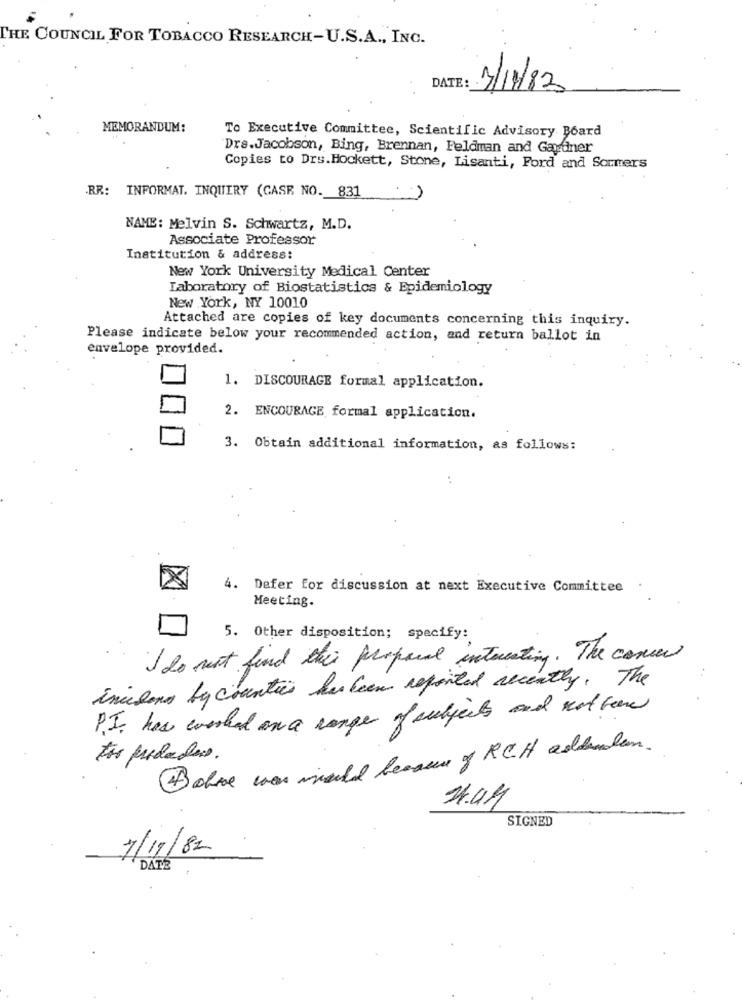
THE COUNCIL FOR TOBACCO RESEARCH-U.S.A ., INC.
DATE:
13/11/83
MEMORANDUM:
To Executive Committee, Scientific Advisory Board
Drs.Jacobson, Bing, Brennan, Feldman and Gardiner
Copies to Drs.Hockett, Stone, Lisanti, Ford and Sommers
RR: INFORMAT. INQUIRY (CASE NO. 831
NAME: Melvin S. Schwartz, M.D.
Associate Professor
Institution & address:
New York University Medical Center
Laboratory of Biostatistics & Epidemiology
New York, NY 10010
Attached are copies of key documents concerning this inquiry.
Please indicate below your recommended action, and return ballot in
envelope provided.
1. DISCOURAGE formal application.
2. ENCOURAGE formal application.
3. Obtain additional information, as follows:
..
4. Defer for discussion at next Executive Committee
Meeting.
5. Other disposition; specify:
I do next find this proposal interesting. The coner
incidono by counties has been reported recently, The
PI has worked ana range of subjects and not been
Bohne was would because of R CH adderden.
tis predador.
SIGNED
7/11/82
DATE